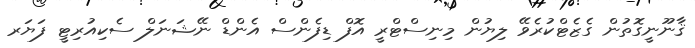
ޤާނޫނީގޮތުން ގެޒެޓްކުރެވޭ ލިޔުން މިނިސްޓްރީ އޮފް ޑިފެންސް އެންޑް ނޭޝަނަލް ސެކިއުރިޓީ ފަޔަރ